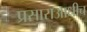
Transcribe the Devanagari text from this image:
प्रसाराआधीच